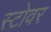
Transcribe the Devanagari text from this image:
स्टोवर